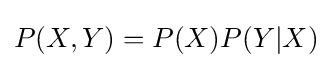
P(X,Y)=P(X)P(Y|X)